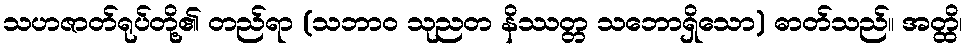
သဟဇာတ်ရုပ်တို့၏ တည်ရာ (သဘာဝ သုညတ နိဿတ္တ သဘောရှိသော) ဓာတ်သည်။ အတ္ထိ၊